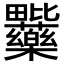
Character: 𭻽